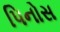
પિનોસ